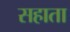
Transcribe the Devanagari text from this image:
सहाता